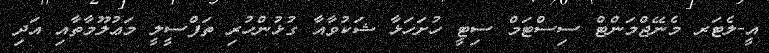
އީ-ލެޓަރ މެނޭޖްމަންޓް ސިސްޓަމް ސިޓީ ހުށަހަޅާ ޝަކުވާއާ ގުޅުންހުރި ތަފްސީލީ މަޢުލޫމާތާއި އަދި